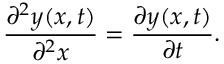
{ \frac { \partial ^ { 2 } y ( x , t ) } { \partial ^ { 2 } x } } = { \frac { \partial y ( x , t ) } { \partial t } } .